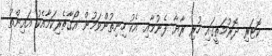
ކޮޓަރި ދޮރުމަތީގައި ހުރި ރާޔާ ފެނުމާއި އެކު ހިނިތުންވަމުން އޯގާތެރިކަމާއެކު އައިންތު